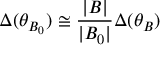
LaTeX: \Delta ( \theta _ { B _ { 0 } } ) \cong \frac { | B | } { | B _ { 0 } | } \Delta ( \theta _ { B } )